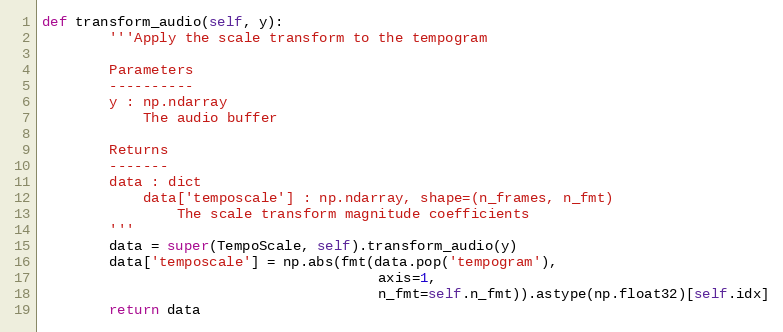
Language: Python
def transform_audio(self, y):
        '''Apply the scale transform to the tempogram

        Parameters
        ----------
        y : np.ndarray
            The audio buffer

        Returns
        -------
        data : dict
            data['temposcale'] : np.ndarray, shape=(n_frames, n_fmt)
                The scale transform magnitude coefficients
        '''
        data = super(TempoScale, self).transform_audio(y)
        data['temposcale'] = np.abs(fmt(data.pop('tempogram'),
                                        axis=1,
                                        n_fmt=self.n_fmt)).astype(np.float32)[self.idx]
        return data